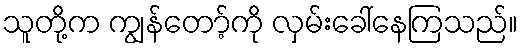
သူတို့က ကျွန်တော့်ကို လှမ်းခေါ်နေကြသည်။